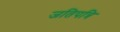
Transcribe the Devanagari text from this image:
जतिपत्रि